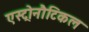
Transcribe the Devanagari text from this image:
एस्ट्रोनौटिकल